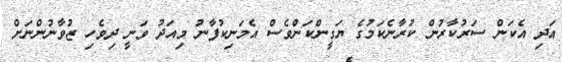
އަދި އެކަން ސަރުކާރުން ކުރާނެކަމުގެ ޔަގީންކަންވެސް އެމަނިކުފާނު މިއަދު ވަނީ ދިވެހި ޒުވާނުންނަށް